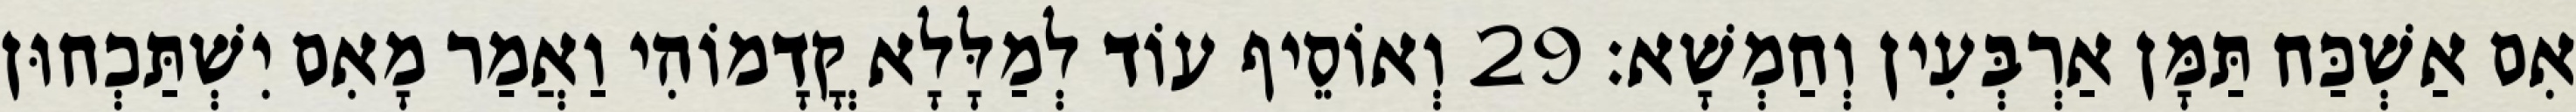
אִם אַשְׁכַּח תַּמָּן אַרְבְּעִין וְחַמְשָׁא׃ 29 וְאוֹסֵיף עוֹד לְמַלָּלָא קֳדָמוֹהִי וַאֲמַר מָאִם יִשְׁתַּכְחוּן